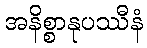
အနိစ္စာနုပဿီနံ